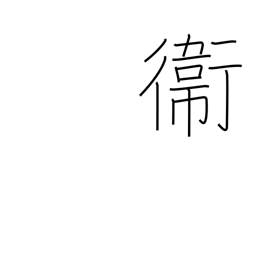
Meaning: defense